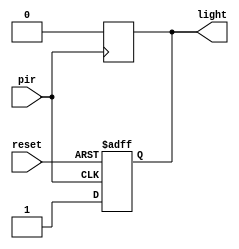
`timescale 1ns / 1ps
//////////////////////////////////////////////////////////////////////////////////
// Company: 
// Engineer: 
// 
// Design Name: 
// Module Name: automated_lights
// Project Name: 
// Target Devices: 
// Tool Versions: 
// Description: 
// 
// Dependencies: 
// 
// Revision:
// Revision 0.01 - File Created
// Additional Comments:
// 
//////////////////////////////////////////////////////////////////////////////////


module automated_lights(
    input pir,
    input reset,
    output reg light
    );
always@(posedge reset or posedge pir)
begin
if(reset)
light=0;
else if(pir)
light=1;
end
always@(negedge pir)
light=0;
endmodule